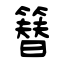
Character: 簮